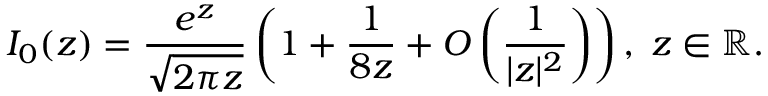
I _ { 0 } ( z ) = \frac { e ^ { z } } { \sqrt { 2 \pi z } } \left( 1 + \frac { 1 } { 8 z } + O \left( \frac { 1 } { | z | ^ { 2 } } \right) \right) , \; z \in \mathbb { R } .